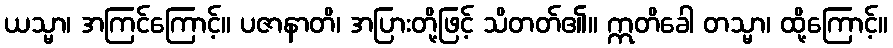
ယသ္မာ၊ အကြင်ကြောင့်။ ပဇာနာတိ၊ အပြားတို့ဖြင့် သိတတ်၏။ ဣတိခေါ တသ္မာ၊ ထို့ကြောင့်။